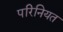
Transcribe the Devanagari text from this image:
परिनियत